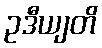
ဥဒီယျတိ